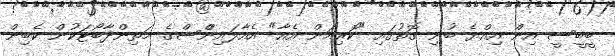
ބީބީސީ އިން އިއްޔެ ބުނި ގޮތުގައި "ކޮރިއަން އެއާ" އެއާލައިންްސްގެ މަތިންދާބޯޓަކުން ކެބިން